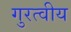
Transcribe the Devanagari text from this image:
गुरत्वीय